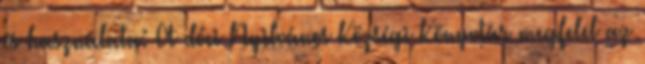
és használata: A dóci Nyilvános Községi Könyvtár megfelel az